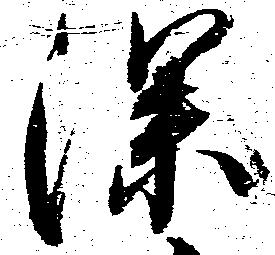
深